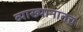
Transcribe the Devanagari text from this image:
व्याख्यानातच